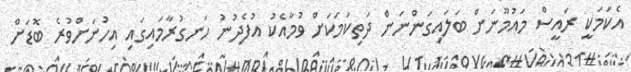
އެކަމަކީ ރައީސް މައުމޫނަށް ބަލައިގަންނަން ދަތިކަމަކަށް ވުމާއެކު އުފެދުނު ހަނގުރާމައިގައި އިހުނަށްވުރެ ބޮޑަށް